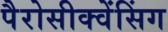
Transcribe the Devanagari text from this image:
पैरोसीक्वेंसिंग